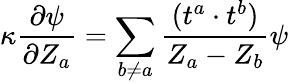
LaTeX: \kappa\frac{\partial\psi}{\partial Z_{a}}=\sum_{b\neq a}\frac{(t^{a}\cdot t^{b})}{Z_{a}-Z_{b}}\psi